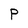
Character: P